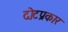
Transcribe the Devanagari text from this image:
दोटप्रकार